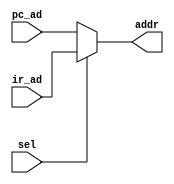
`timescale 1ns / 1ps
//////////////////////////////////////////////////////////////////////////////////
// Company: 
// Engineer: 
// 
// Design Name: 
// Module Name: addr_mux
// Project Name: 
// Target Devices: 
// Tool Versions: 
// Description: 
// 
// Dependencies: 
// 
// Revision:
// Revision 0.01 - File Created
// Additional Comments:
// 
//////////////////////////////////////////////////////////////////////////////////


module addr_mux(addr, sel, ir_ad, pc_ad); 

input [7:0] ir_ad, pc_ad;
input sel;
output [7:0] addr;

assign addr = (sel)? ir_ad:pc_ad;

endmodule